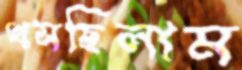
খসছিলাম